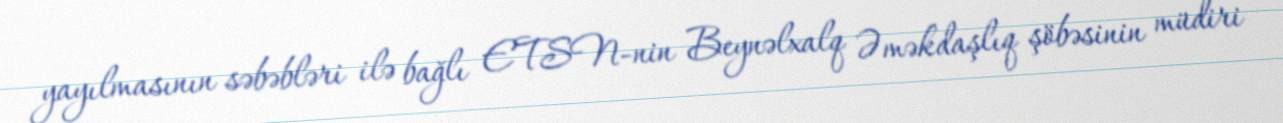
yayılmasının səbəbləri ilə bağlı ETSN-nin Beynəlxalq Əməkdaşlıq şöbəsinin müdiri